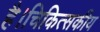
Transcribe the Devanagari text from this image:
है।चिकित्सकीय